Annual returns of the Patna Lunatic Asylum at Bankipore in Bihar and Orissa - 1912-1924
Year: 1912
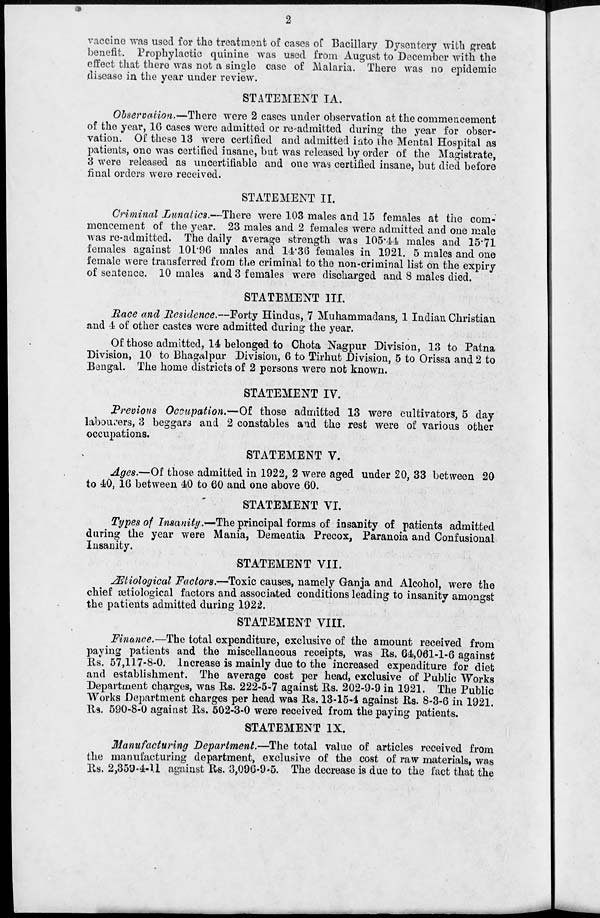
2
vaccine was used for the treatment of cases of Bacillary Dysentery with great
benefit. Prophylactic quinine was used from August to December with the
effect that there was not a single case of Malaria. There was no epidemic
disease in the year under review.
STATEMENT IA.
Observation.—There were 2 cases under observation at the commencement
of the year, 16 cases were admitted or re-admitted during the year for obser-
vation. Of these 13 were certified and admitted into the Mental Hospital as
patients, one was certified insane, but was released by order of the Magistrate,
3 were released as uncertifiable and one was certified insane, but died before
final orders were received.
STATEMENT II.
Criminal Lunatics.—There were 103 males and 15 females at the com-
mencement of the year. 23 males and 2 females were admitted and one male
was re-admitted. The daily average strength was 105.44 males and 15.71
females against 101.96 males and 14.36 females in 1921. 5 males and one
female were transferred from the criminal to the non-criminal list on the expiry
of sentence. 10 males and 3 females were discharged and 8 males died.
STATEMENT III.
Race and Residence.—Forty Hindus, 7 Muhammadans, 1 Indian Christian
and 4 of other castes were admitted during the year.
Of those admitted, 14 belonged to Chota Nagpur Division, 13 to Patna
Division, 10 to Bhagalpur Division, 6 to Tirhut Division, 5 to Orissa and 2 to
Bengal. The home districts of 2 persons were not known.
STATEMENT IV.
Previous Occupation.—Of those admitted 13 were cultivators, 5 day
labourers, 3 beggars and 2 constables and the rest were of various other
occupations.
STATEMENT V.
Ages.—Of those admitted in 1922, 2 were aged under 20, 33 between 20
to 40, 16 between 40 to 60 and one above 60.
STATEMENT VI.
Types of Insanity.—The principal forms of insanity of patients admitted
during the year were Mania, Dementia Precox, Paranoia and Confusional
Insanity.
STATEMENT VII.
Ætiological Factors.—Toxic causes, namely Ganja and Alcohol, were the
chief ætilogical factors and associated conditions leading to insanity amongst
the patients admitted during 1922.
STATEMENT VIII.
Finance.—The total expenditure, exclusive of the amount received from
paying patients and the miscellaneous receipts, was Rs. 64,061-1-6 against
Rs. 57,117-8-0. Increase is mainly due to the increased expenditure for diet
and establishment. The average cost per head, exclusive of Public Works
Department charges, was Rs. 222-5-7 against Rs. 202-9-9 in 1921. The Public
Works Department charges per head was Rs. 13-15-4 against Rs. 8-3-6 in 1921.
Rs. 590-8-0 against Rs. 502-3-0 were received from the paying patients.
STATEMENT IX.
Manufacturing Department.—The total value of articles received from
the manufacturing department, exclusive of the cost of raw materials, was
Rs. 2,359-4-11 against Rs. 3,096-9-5. The decrease is due to the fact that the